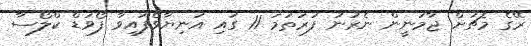
ރޭގެ މެޗަށް ޖާމަނީން ނެރުނު ފުރަތަމަ 11 ގައި އަނިޔާވެފައިވާ ފޯވަޑް ކްލޯސާ